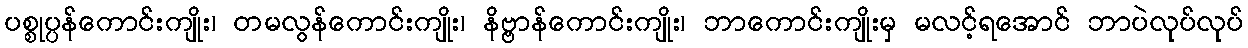
ပစ္စုပ္ပန်ကောင်းကျိုး၊ တမလွန်ကောင်းကျိုး၊ နိဗ္ဗာန်ကောင်းကျိုး၊ ဘာကောင်းကျိုးမှ မလင့်ရအောင် ဘာပဲလုပ်လုပ်